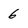
Character: 6